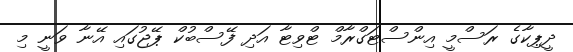
ދީޕިކާގެ ރަސްމީ އިންސްޓަގްރާމް ޓްވިޓާ އަދި ފޭސްބުކް ޕޭޖުގައި އޭނާ ވަނީ މި